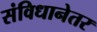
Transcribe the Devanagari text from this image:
संविधानेतर